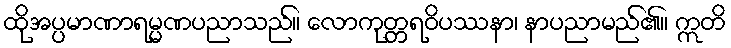
ထိုအပ္ပမာဏာရမ္မဏပညာသည်။ လောကုတ္တရဝိပဿနာ၊ နာပညာမည်၏။ ဣတိ